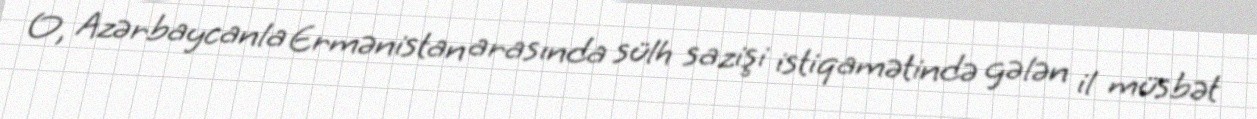
O, Azərbaycanla Ermənistan arasında sülh sazişi istiqamətində gələn il müsbət